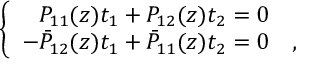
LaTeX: \left\{ \begin{array} { r l } { { P _ { 1 1 } ( z ) t _ { 1 } + P _ { 1 2 } ( z ) t _ { 2 } = 0 } } & { { } } \\ { { - \bar { P } _ { 1 2 } ( z ) t _ { 1 } + \bar { P } _ { 1 1 } ( z ) t _ { 2 } = 0 } } & { { , } } \end{array} \right.